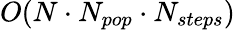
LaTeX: O(N\cdot N_{pop}\cdot N_{steps})